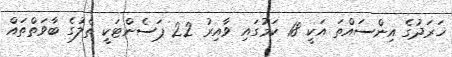
ޚަރަދުގެ އިންސައްތަ އަކީ 18 ކަމުގައި ވާއިރު 22 ޕަސެންޓަކީ ތެލުގެ ބާވަތްތައް